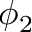
\phi _ { 2 }